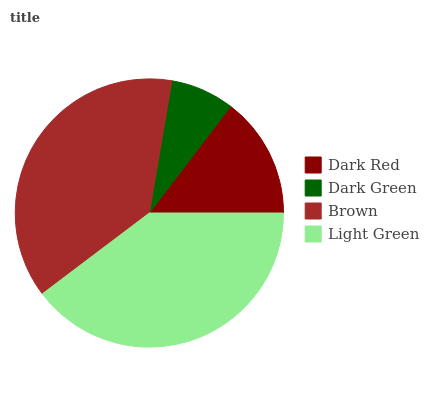
| Dark Red | Dark Green | Brown | Light Green |
 | --- | --- | --- | --- |
 | 14.6% | 7.69% | 38% | 39.6% |